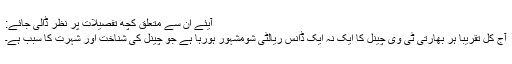
آیئے ان سے متعلق کچھ تفصیلات پر نظر ڈالی جائے:
آج کل تقریباً ہر بھارتی ٹی وی چینل کا ایک نہ ایک ڈانس ریالٹی شومشہور ہورہا ہے جو چینل کی شناخت اور شہرت کا سبب ہے۔